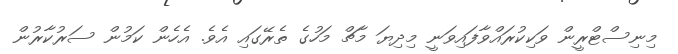
މިނިސްޓްރީން ވަކިކުރައްވާފައިވަނީ މިދިޔަ މާޗް މަހުގެ ތެރޭގައި އެވެ. އެހެން ކަމުން ސަރުކާރުން